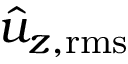
\hat { u } _ { z , \mathrm { r m s } }